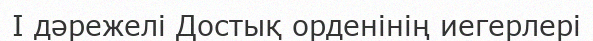
I дәрежелі Достық орденінің иегерлері